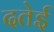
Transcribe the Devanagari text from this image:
दतेई